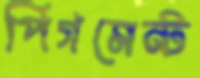
পিগমেন্ট